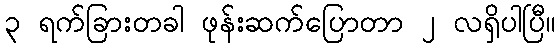
၃ ရက်ခြားတခါ ဖုန်းဆက်ပြောတာ ၂ လရှိပါပြီ။